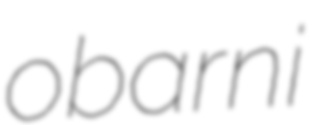
obarni